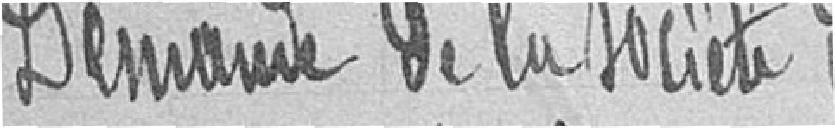
Demande de la société